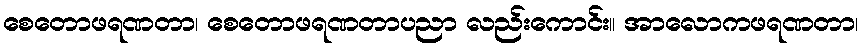
စေတောဖရဏတာ၊ စေတောဖရဏတာပညာ လည်းကောင်း။ အာလောကဖရဏတာ၊